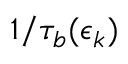
1 / \tau _ { b } ( \epsilon _ { k } )